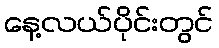
နေ့လယ်ပိုင်းတွင်